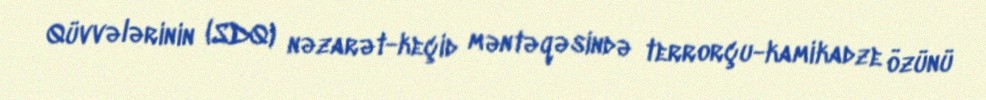
Qüvvələrinin (SDQ) nəzarət-keçid məntəqəsində terrorçu-kamikadze özünü